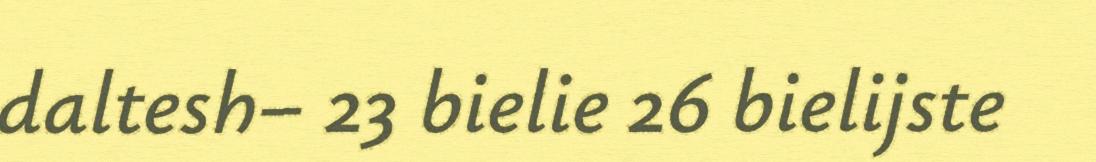
daltesh– 23 bielie 26 bielijste